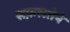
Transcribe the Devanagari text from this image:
सफ़लतेने